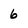
Character: 6